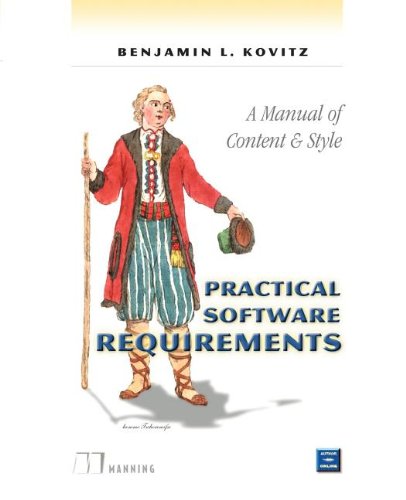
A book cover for Practical Software Requirements: A Manual of Content and Style; Benjamin L Kovitz; Computers & Technology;